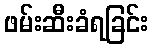
ဖမ်းဆီးခံရခြင်း